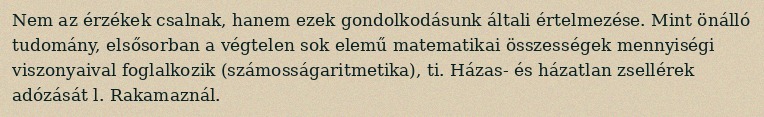
Nem az érzékek csalnak, hanem ezek gondolkodásunk általi értelmezése. Mint önálló tudomány, elsősorban a végtelen sok elemű matematikai összességek mennyiségi viszonyaival foglalkozik (számosságaritmetika), ti. Házas- és házatlan zsellérek adózását l. Rakamaznál.